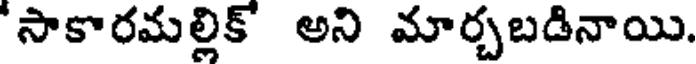
'సాకారమల్లిక్ అని మార్చబడినాయి.